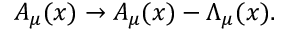
A _ { \mu } ( x ) \rightarrow A _ { \mu } ( x ) - \Lambda _ { \mu } ( x ) .